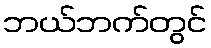
ဘယ်ဘက်တွင်